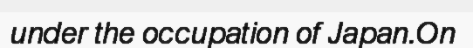
under the occupation of Japan.On